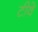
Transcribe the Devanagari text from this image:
टीवे